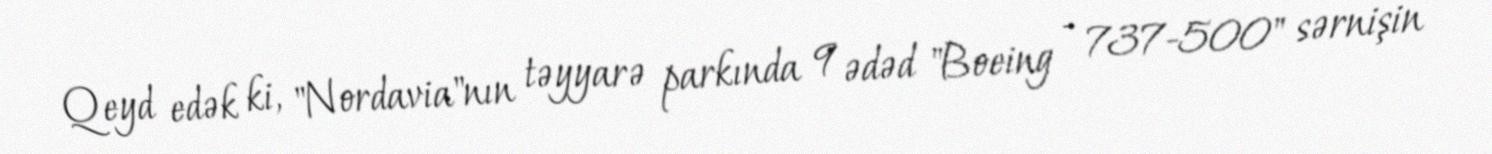
Qeyd edək ki, "Nordavia"nın təyyarə parkında 9 ədəd "Boeing - 737-500" sərnişin